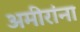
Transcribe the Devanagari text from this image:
अमीरांना